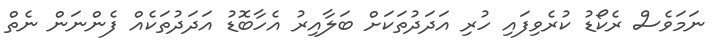
ނަމަވެސް ރެކޯޑު ކުރެވިފައި ހުރި އަދަދުތަކަށް ބަލާއިރު އެހާބޮޑު އަދަދުތަކެއް ފެންނަން ނެތް